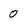
Character: 0